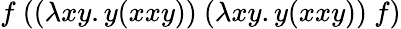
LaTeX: f\ ((\lambda xy.y(xxy))\ (\lambda xy.y(xxy))\ f)